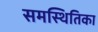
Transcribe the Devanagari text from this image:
समस्थितिका